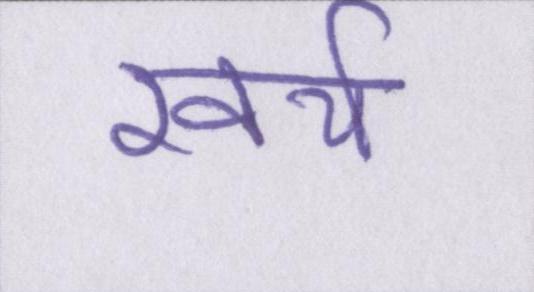
खर्च